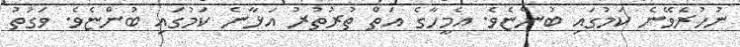
ނުހުރެވޭނެ ކަމުގައި ބުންޏެވެ. އެމީހާގެ އަތް ތުރުތުރު އަޅާނެ ކަމުގައި ބުންޏެވެ. ވަގުތު